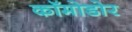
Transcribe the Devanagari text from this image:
कॉमोडोर